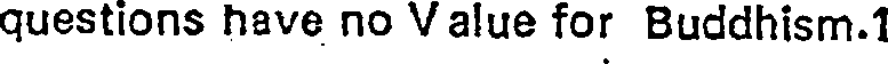
questions have no V alue for Buddhism.1